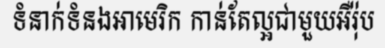
ទំនាក់ទំនងអាមេរិក កាន់តែល្អជាមួយអឺរ៉ុប